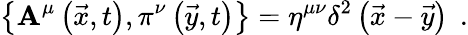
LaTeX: \left\{ \mathbf{A}^{\mu}\left(\vec{{x}},t\right),\pi^{\nu}\left(\vec{{y}},t\right)\right\} =\eta^{\mu\nu}\delta^{2}\left(\vec{{x}}-\vec{{y}}\right)\; \, .